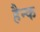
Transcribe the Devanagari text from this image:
हैन्क